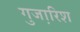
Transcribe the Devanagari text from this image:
गुजा़रिश